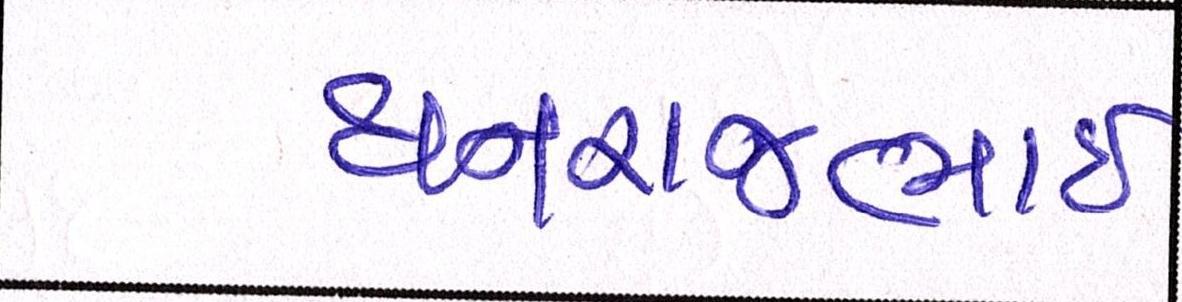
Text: ધનરાજભાઈ